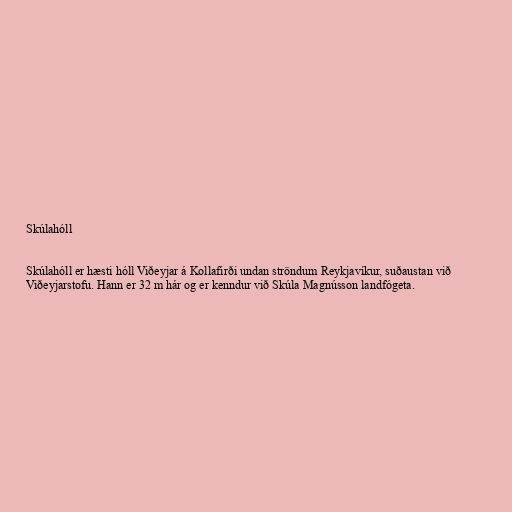
Skúlahóll

Skúlahóll er hæsti hóll Viðeyjar á Kollafirði undan ströndum Reykjavíkur, suðaustan við
Viðeyjarstofu. Hann er 32 m hár og er kenndur við Skúla Magnússon landfógeta.